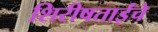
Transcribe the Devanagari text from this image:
शिरीषताईंचे